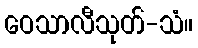
ဝေသာလီသုတ်-သံ။